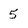
Character: 5